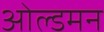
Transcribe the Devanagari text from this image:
ओल्डमन